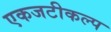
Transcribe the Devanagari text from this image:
एकजटीकल्प